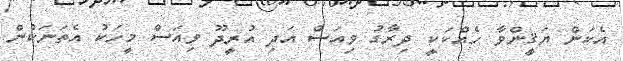
އެކަން ޔަޤީންވާ ހެއްކަކީ ދިރާގު ވިއަސް އަދި އުރީދޫ ވިއަސް މީހަކު އެތަނަކުން